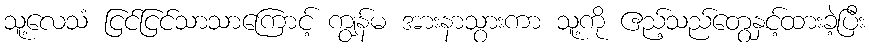
သူ့လေသံ ငြင်ငြင်သာသာကြောင့် ကျွန်မ အားနာသွားကာ သူ့ကို ဧည့်သည်တွေနှင့်ထားခဲ့ပြီး